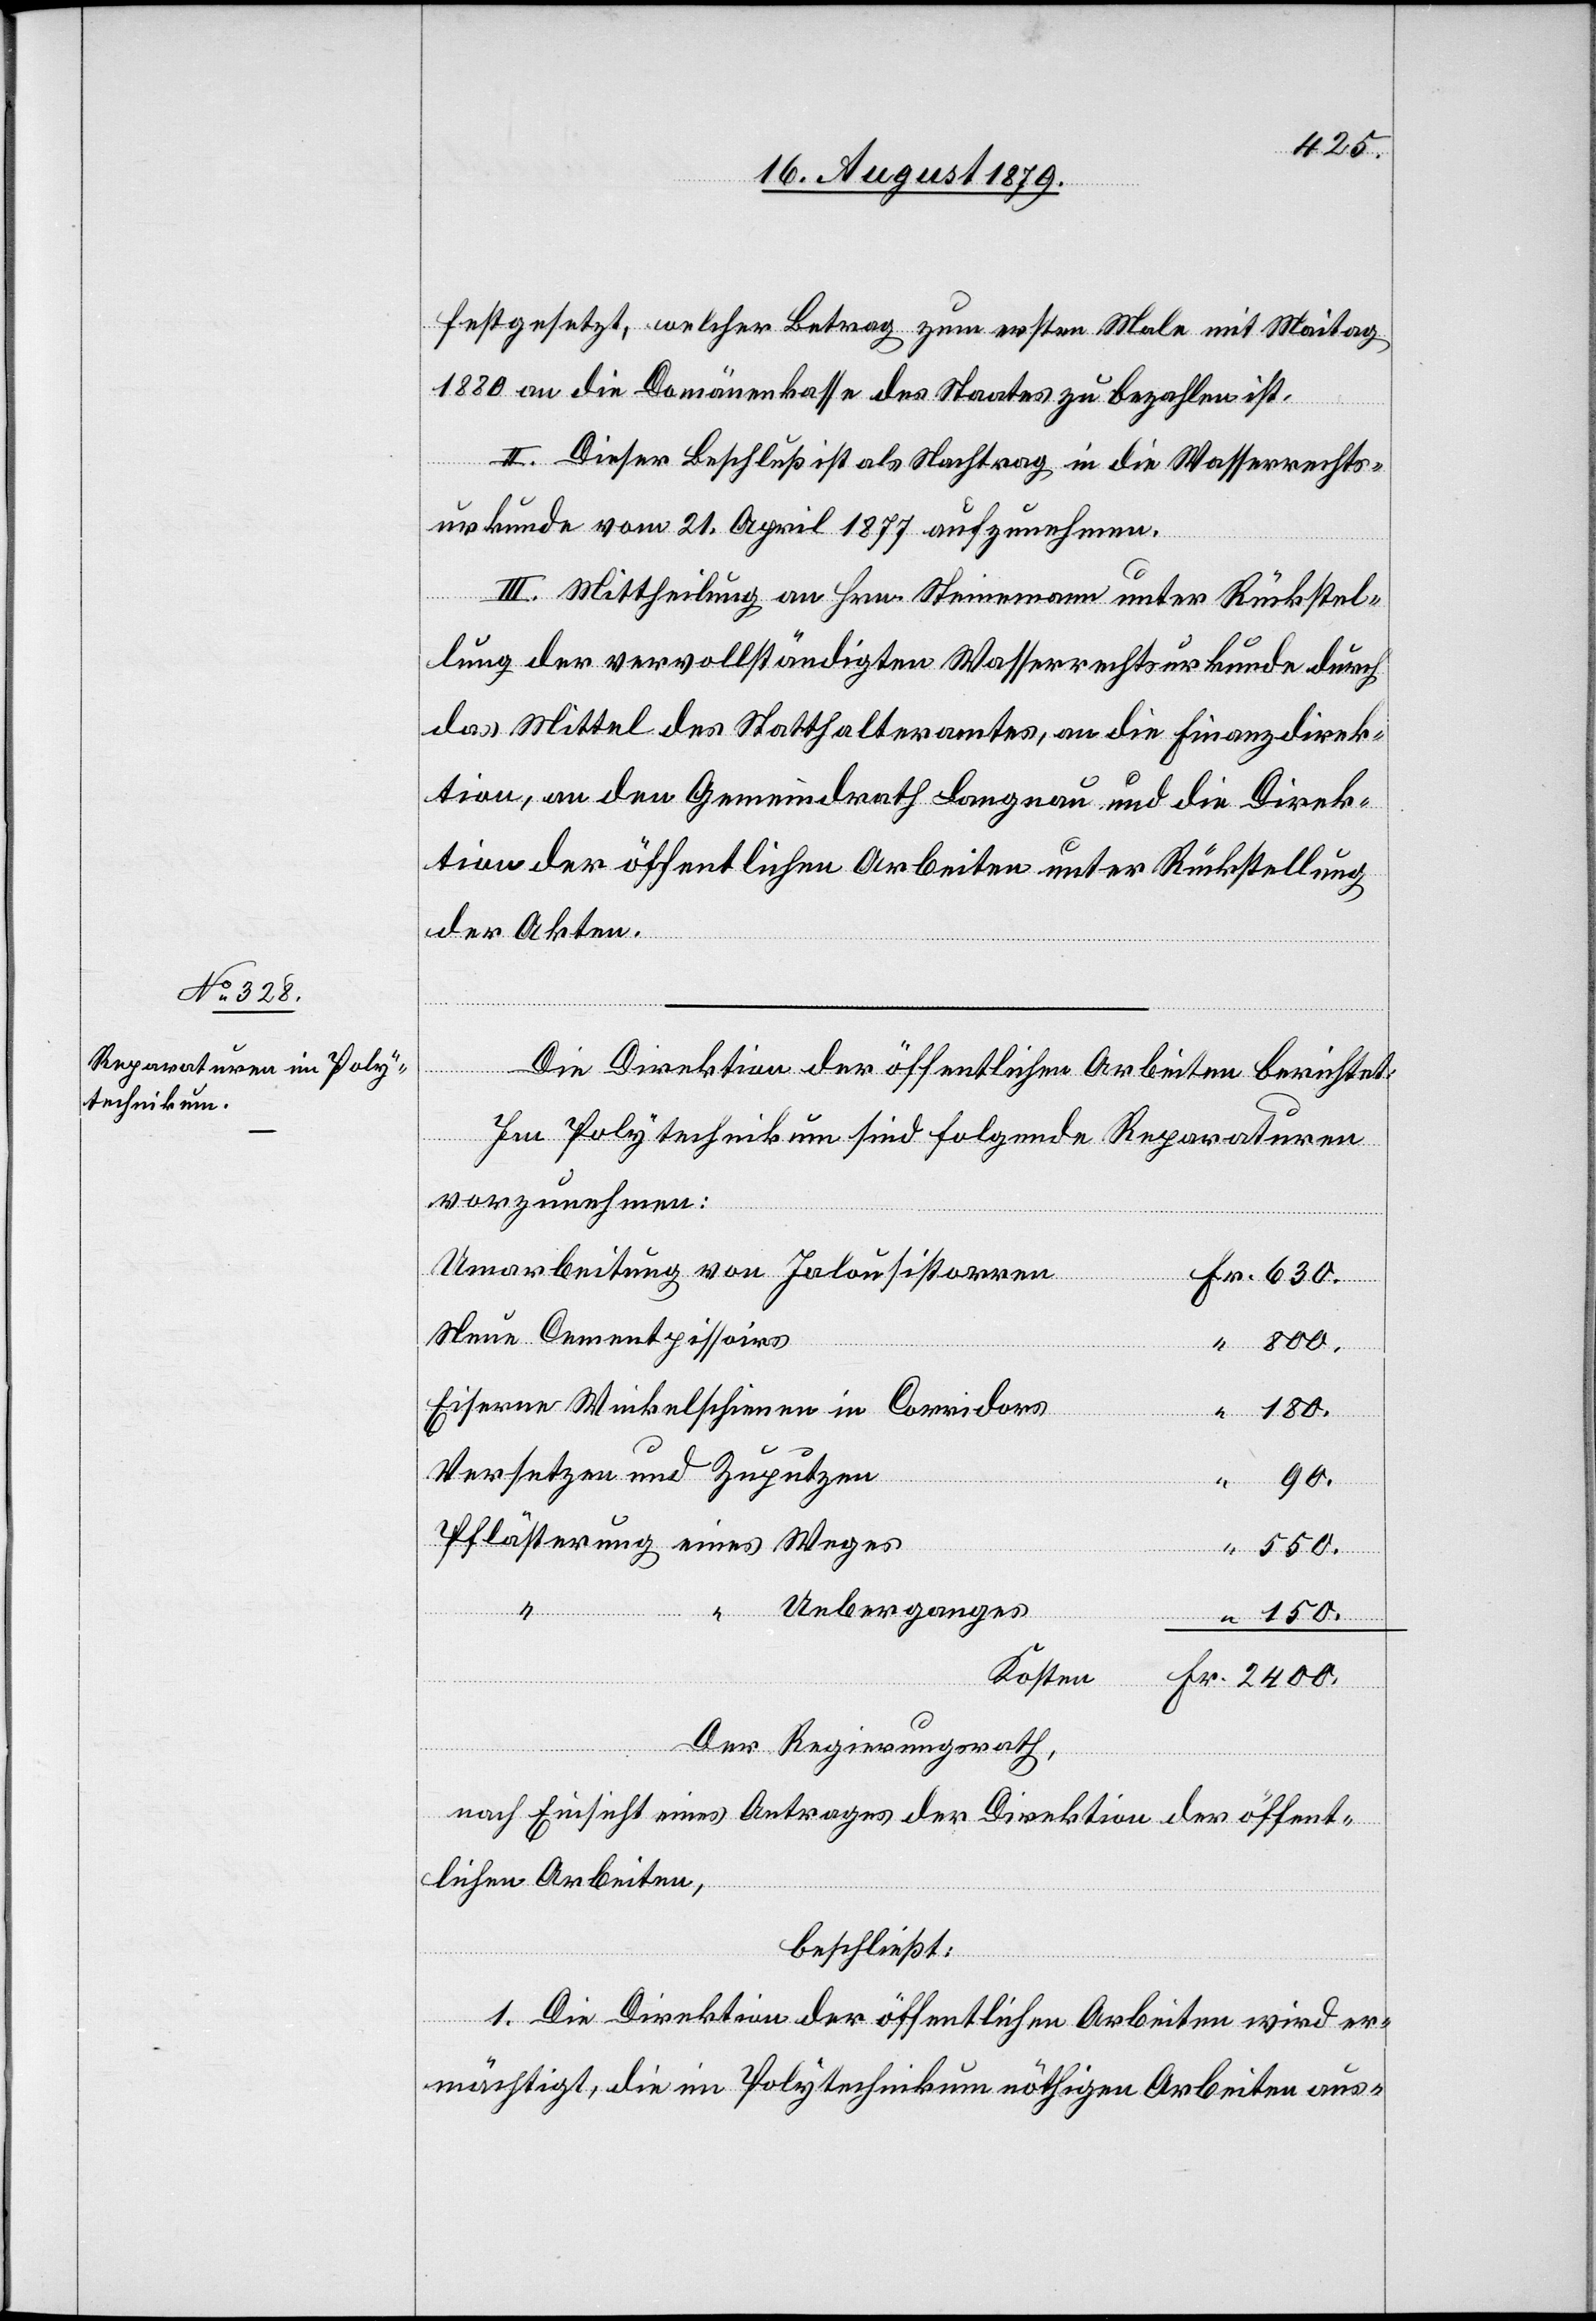
630.
festgesetzt, welcher Betrag zum ersten Male mit Maitag
1880 an die Domänenkasse des Staates zu bezahlen ist.
II. Dieser Beschluß ist als Nachtrag in die Wasserrechts¬
urkunde vom 21. April 1877 aufzunehmen.
III. Mittheilung an Hrn. Steinemann unter Rückstel¬
lung der vervollständigten Wasserrechtsurkunde durch
das Mittel des Statthalteramtes, an die Finanzdirek¬
tion, an den Gemeindrath Langnau und die Direk¬
tion der öffentlichen Arbeiten unter Rückstellung
der Akten.
Die Direktion der öffentlichen Arbeiten berichtet:
Im Polytechnikum sind folgende Reparaturen
vorzunehmen:
Umarbeitung von Jalousistorren
Fr.
Neue Cementpissoirs
2400.
Eiserne Winkelschienen in Corridors
180.
Versetzen und Zuputzen
90.
Pflästerung eines Weges
“
550.
“ Ueberganges
150.
Kosten
Der Regierungsrath,
nach Einsicht eines Antrages der Direktion der öffent¬
lichen Arbeiten,
beschließt:
1. Die Direktion der öffentlichen Arbeiten wird er¬
mächtigt, die im Polytechnikum nöthigen Arbeiten aus-